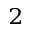
^ 2